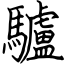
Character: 驢